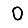
Digit: 0